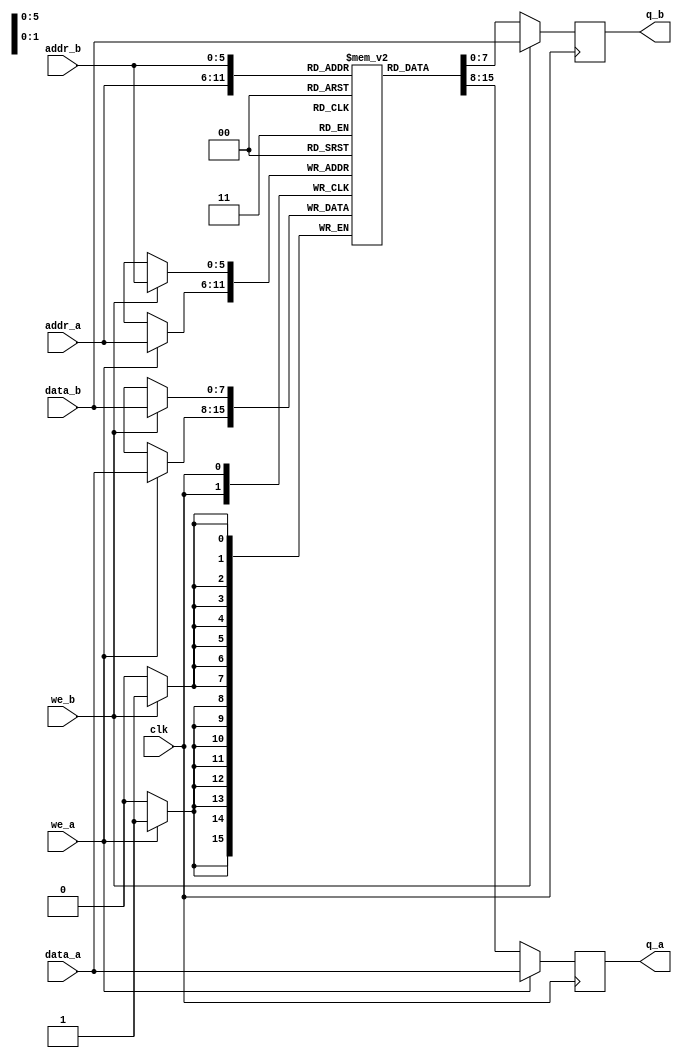
module true_dual_port_ram(data_a,addr_a,we_a,q_a,data_b,addr_b,we_b,q_b,clk);
 
  input [7:0]data_a,data_b;
  input [5:0]addr_a,addr_b;
  input we_a,we_b,clk;
  output reg [7:0]q_a,q_b;

  reg [7:0]ram[63:0]; 

//Port A
always@(posedge clk) begin
  if(we_a) begin
        ram[addr_a] <= data_a;
        q_a <= data_a; end
   else
        q_a <= ram[addr_a];
 end

//Port B
always@(posedge clk) begin
  if(we_b) begin
        ram[addr_b] <= data_b;
        q_b <= data_b; end
   else
        q_b <= ram[addr_b];
 end

endmodule